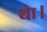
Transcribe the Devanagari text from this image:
थाे।